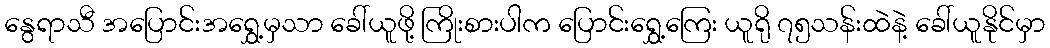
နွေရာသီ အပြောင်းအရွှေ့မှသာ ခေါ်ယူဖို့ ကြိုးစားပါက ပြောင်းရွှေ့ကြေး ယူရို ၇၅သန်းထဲနဲ့ ခေါ်ယူနိုင်မှာ